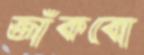
জাঁকবো